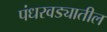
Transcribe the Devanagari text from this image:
पंधरवड्यातील